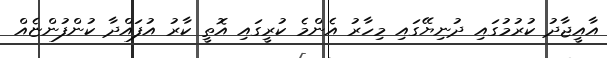
އާއީޖާދު ކުރުމުގައި ދުނިޔޭގައި މިހާރު އެންމެ ކުރީގައި އޮތީ ކާރު އުފައްދާ ކުންފުންޏެއް